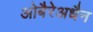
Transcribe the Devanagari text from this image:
ओबैरेअधैन